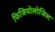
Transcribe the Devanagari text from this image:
फिजियोलोजिस्ट